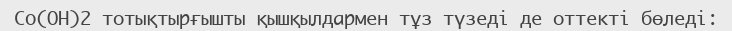
Co(OH)2 тотықтырғышты қышқылдармен тұз түзеді де оттекті бөледі: